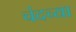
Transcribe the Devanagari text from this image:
चंदच्या